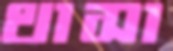
থাসা